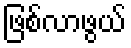
ဖြစ်လာဖွယ်